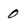
Character: 0